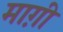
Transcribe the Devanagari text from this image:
माग़ी